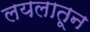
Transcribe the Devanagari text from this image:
लयलातून